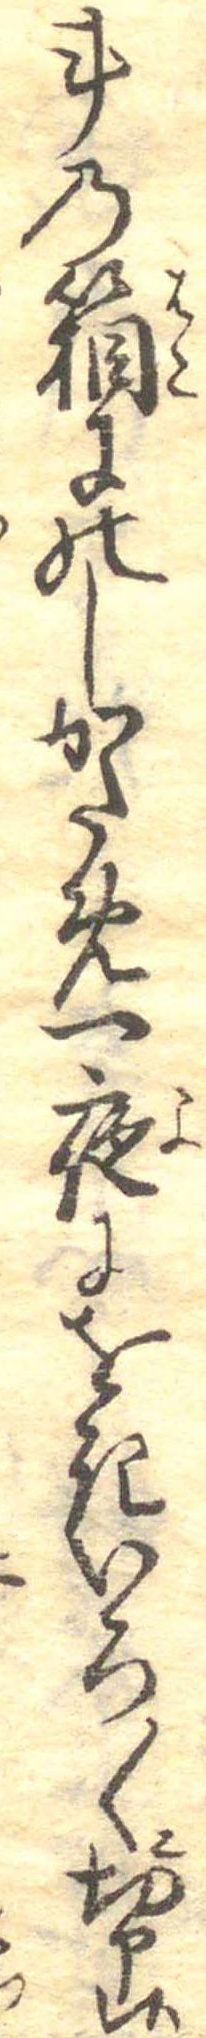
斗の箱にのしかため一夜にをきいろ〱に切申候